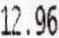
12.96